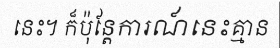
នេះ។ ក៏ប៉ុន្តែការណ៍នេះគ្មាន